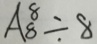
A _ { 8 } ^ { 8 } \div 8